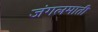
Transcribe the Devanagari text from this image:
जंगलमाती